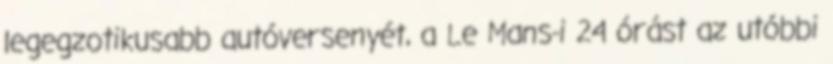
legegzotikusabb autóversenyét, a Le Mans-i 24 órást az utóbbi